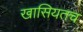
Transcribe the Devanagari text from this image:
खासियतच